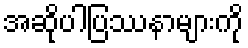
အဆိုပါပြဿနာများကို